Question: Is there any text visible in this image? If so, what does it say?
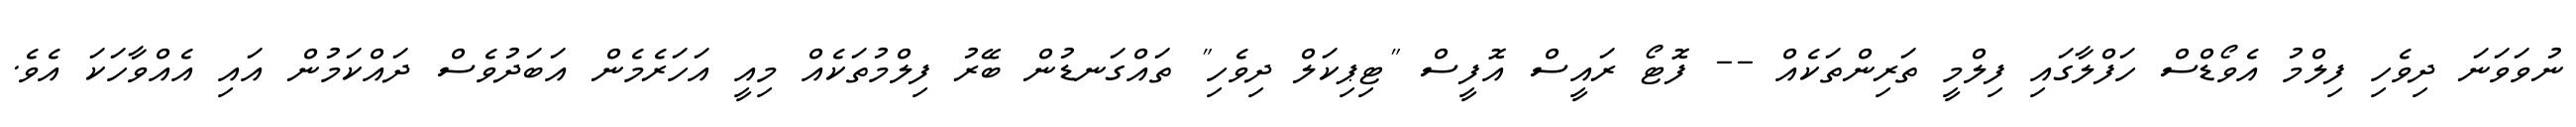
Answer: ނުވަވަނަ ދިވެހި ފިލްމު އެވޯޑްސް ހަފްލާގައި ފިލްމީ ތަރިންތަކެއް -- ފޮޓޯ ރައީސް އޮފީސް "ޓިޕިކަލް ދިވެހި" ތައްގަނޑުން ބޭރު ފިލްމުތަކެއް މިއީ އަހަރެމެން އަބަދުވެސް ދައްކަމުން އައި އެއްވާހަކަ އެވެ.